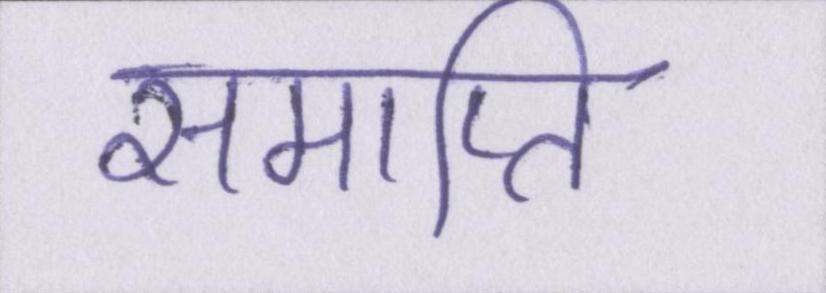
समाप्ति